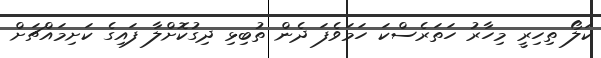
ކަލޯ ތިހިރީ މިހާރު ހަތަރެސްކަ ހަމަވެފަ ދެން ތުބިޅި ދިގުކޮށްލާ ފައިގެ ކަށިމައްޗަށް